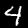
Label: 4